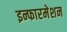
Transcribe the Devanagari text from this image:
इन्फारमेशन